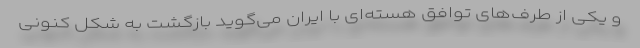
و یکی از طرف‌های توافق هسته‌ای با ایران می‌گوید بازگشت به شکل کنونی